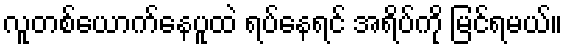
လူတစ်ယောက်နေပူထဲ ရပ်နေရင် အရိပ်ကို မြင်ရမယ်။